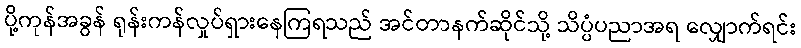
ပို့ကုန်အခွန် ရုန်းကန်လှုပ်ရှားနေကြရသည် အင်တာနက်ဆိုင်သို့ သိပ္ပံပညာအရ လျှောက်ရင်း